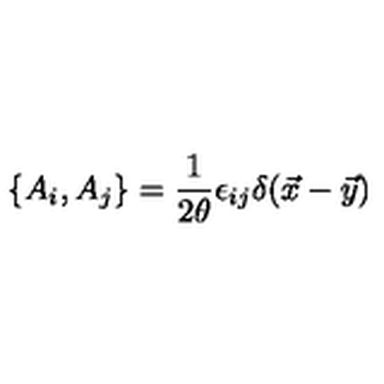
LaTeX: \{ A _ { i } , A _ { j } \} = { \frac { 1 } { 2 \theta } } \epsilon _ { i j } \delta ( \vec { x } - \vec { y } )